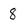
Character: 8